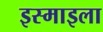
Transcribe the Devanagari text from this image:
इस्माइला